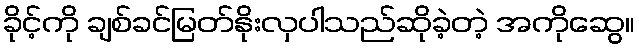
ခိုင့်ကို ချစ်ခင်မြတ်နိုးလှပါသည်ဆိုခဲ့တဲ့ အကိုဆွေ။